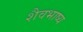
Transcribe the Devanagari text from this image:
शैवभाष्य